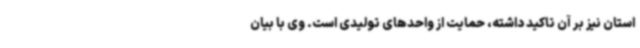
استان نیز بر آن تاکید داشته، حمایت از واحدهای تولیدی است. وی با بیان